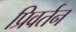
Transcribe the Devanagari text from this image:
प्रिवर्तन